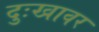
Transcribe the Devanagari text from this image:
दुःखावर